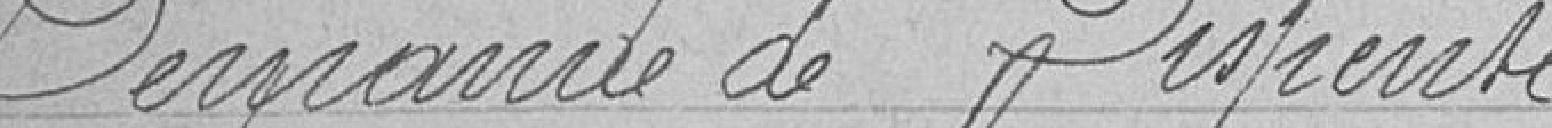
Demande de Dispense